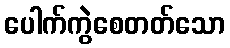
ပေါက်ကွဲစေတတ်သော